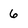
Character: 6